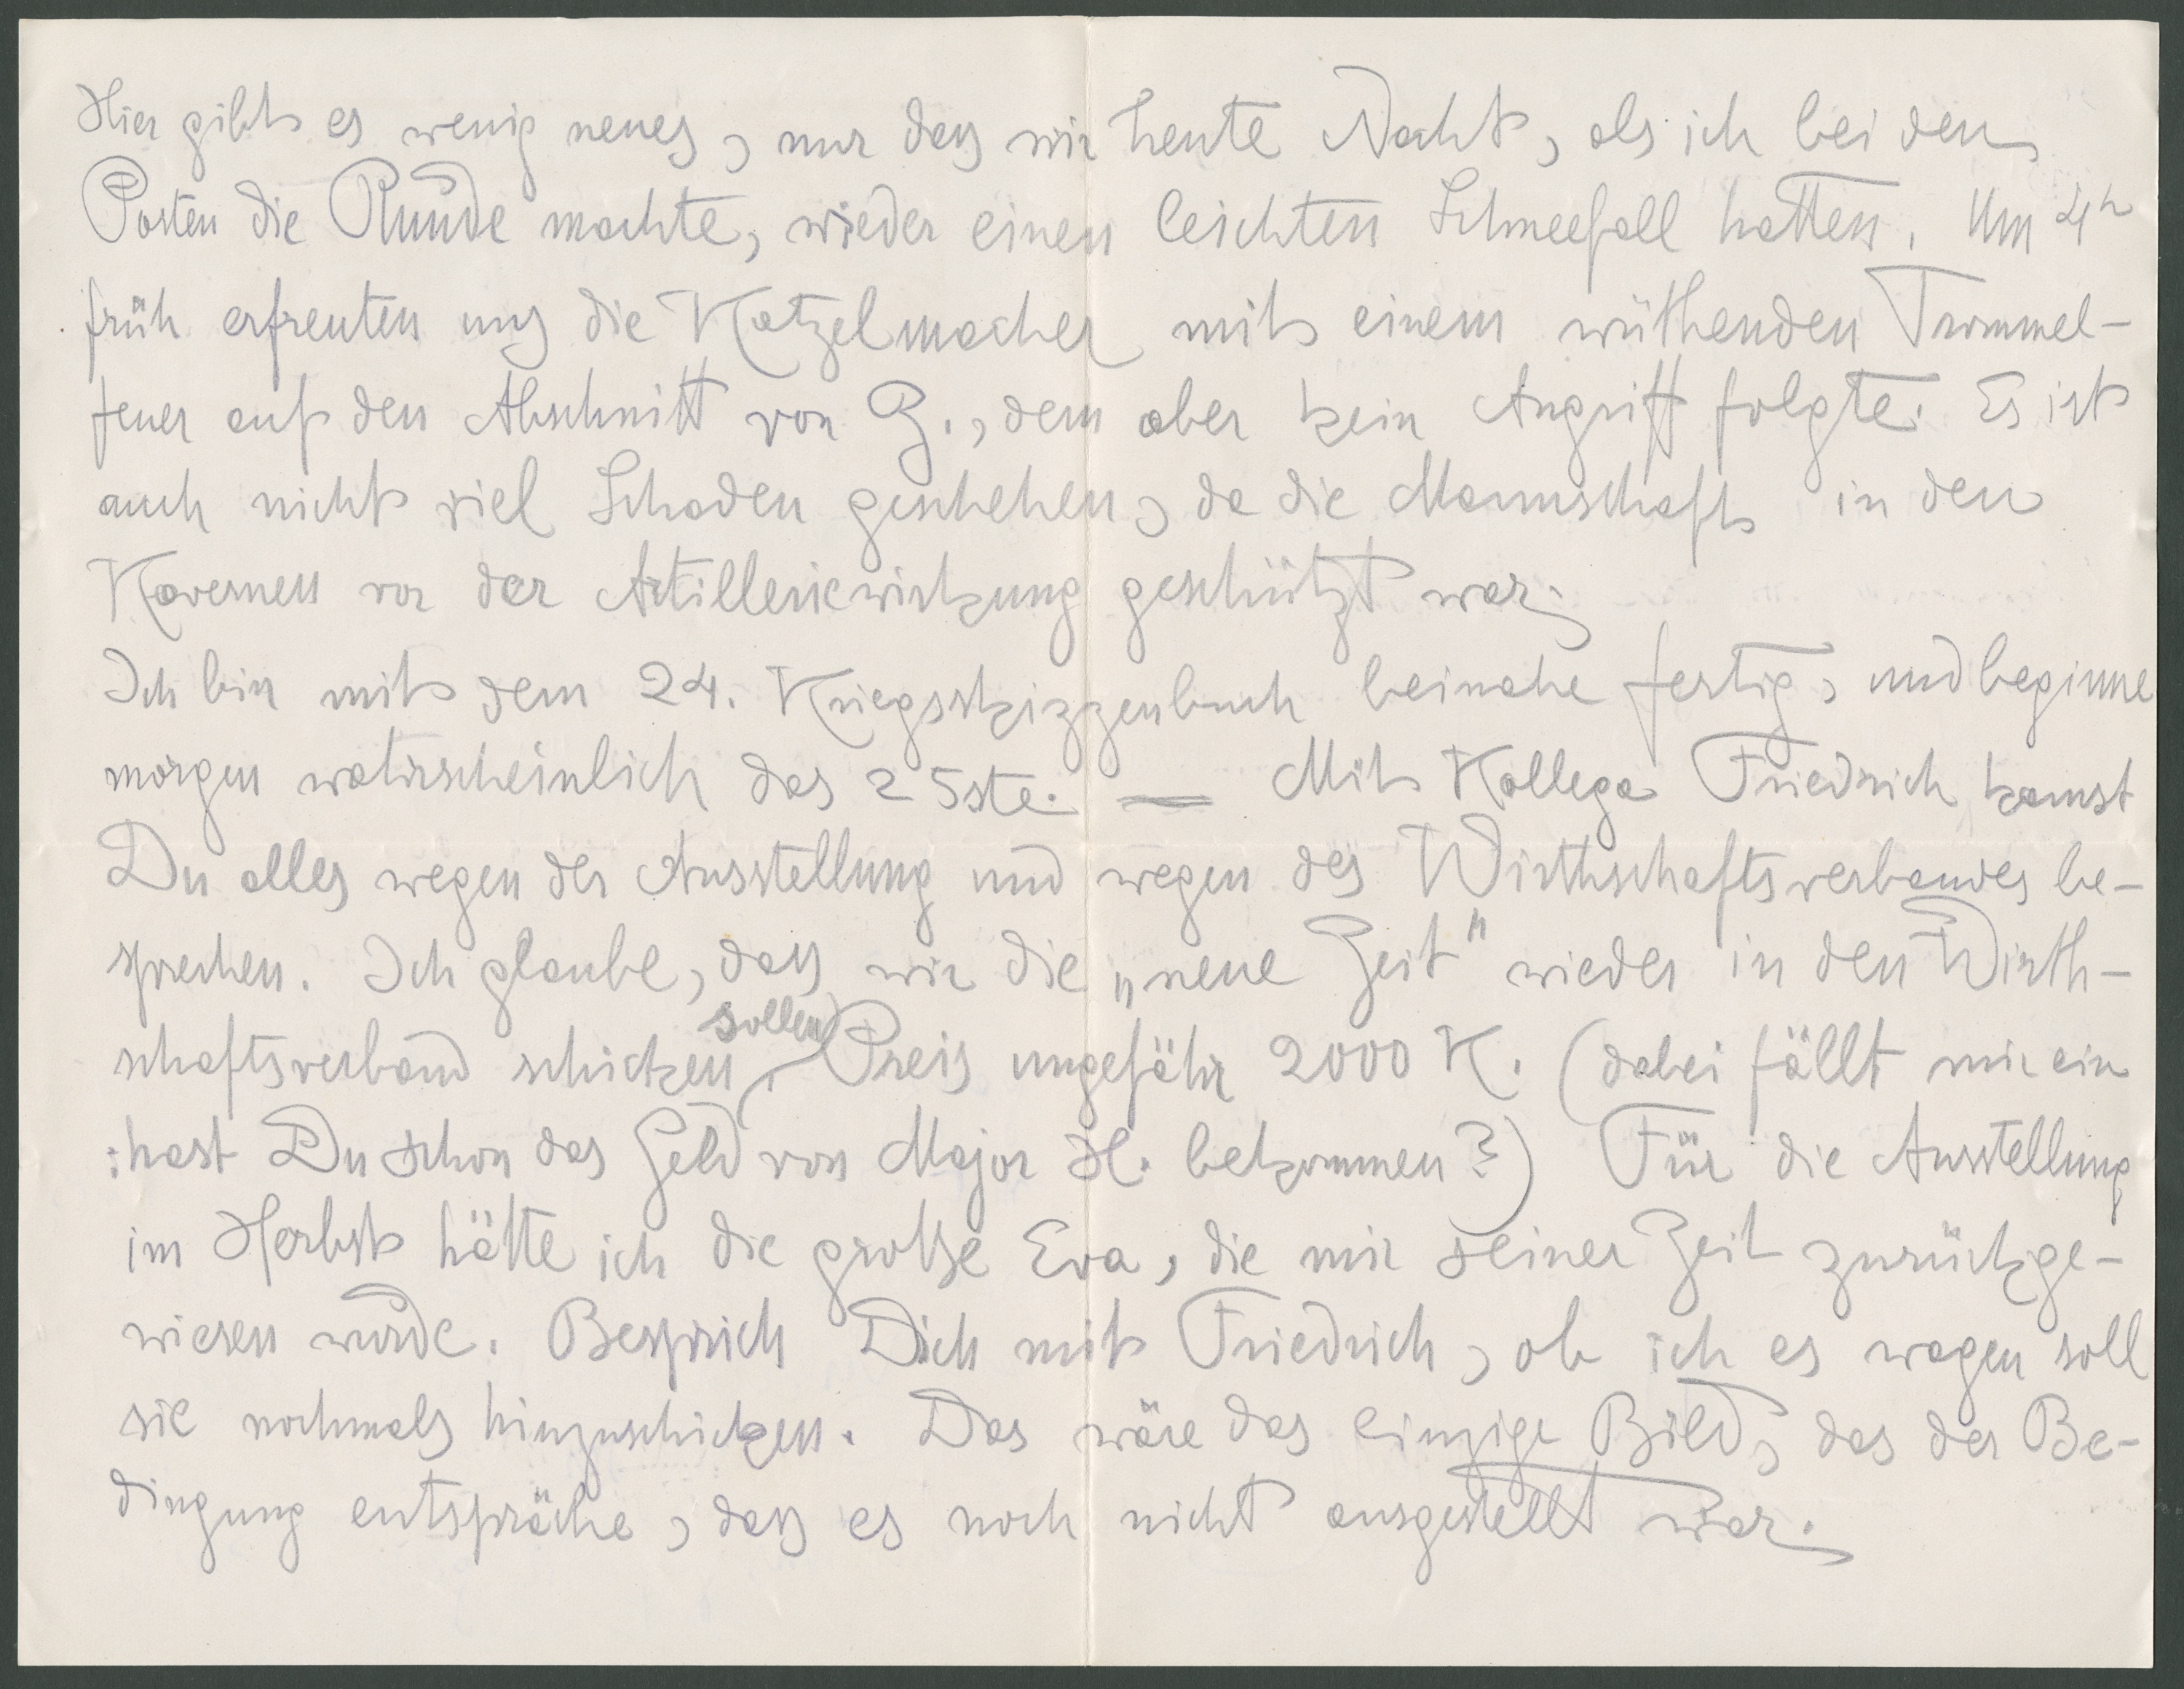
Hier gibt es wenig neues, nur dass wir heute Nacht, als ich bei den
Posten die Runde machte, wieder einen leichten Schneefall hatten. Um 4h
früh erfreuten uns die Katzelmacher mit einem wüzhenden Trommel-
feuer auf den Abschnitt von R., dem aber kein Angriff folgte. Es ist
auch nicht viel Schaden geschehen, da die Mannschaft in den
Kaserbeb vor der Artilleriewirkung geschützt war.
Ich bin mit dem 24. Kriegsskizzenbuch beinahe fertig, und beginne
morgen wahrscheinlich das 25ste. - Mit Kollege Friedrich kannst
Du alles wegen der Ausstellung und wegen des Wirthschaftsverbandes be-
sprechen. Ich glaube, dass wir die "neue Zeit" wieder in den Wirth-
schaftsverband schicken sollen, Preis ungefähr 2000K. (dabei fällt mir ein
: hast Du schon das Geld von Major H. bekommen?) Für die Ausstellung
im Herbst hätte ich die große Eva, die mir seiner Zeit zurückge-
wiesen wurde. Besprich Dich mit Friedrich, ob ich es wagen soll
sie nochmals hinzuschicken. Das wäre das einzige Bild, das der Be-
dingung entspräche, dass es noch nicht ausgestellt war.